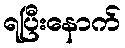
ရပြီးနောက်